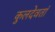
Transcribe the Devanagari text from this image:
कुलदेवतां